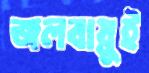
জলবায়ুই